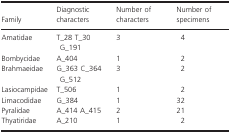
| Family | Diagnostic characters | Number of characters | Number of specimens |
 | --- | --- | --- | --- |
 | Amatidae | T_28 T_30 G_191 | 3 | 4 |
 | Bombycidae | A_404 | 1 | 2 |
 | Brahmaeidae | G_363 C_364 G_512 | 3 | 2 |
 | Lasiocampidae | T_506 | 1 | 2 |
 | Limacodidae | G_384 | 1 | 32 |
 | Pyralidae | A_414 A_415 | 2 | 21 |
 | Thyatiridae | A_210 | 1 | 2 |